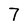
Character: 7